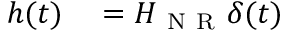
\begin{array} { r } { \begin{array} { r l } { h ( t ) } & { { } = H _ { \mathrm { ~ N ~ R ~ } } \delta ( t ) } \end{array} } \end{array}